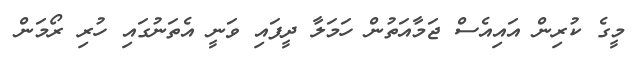
މީގެ ކުރިން އައިއެސް ޖަމާއަތުން ހަމަލާ ދީފައި ވަނީ އެތަނުގައި ހުރި ރޯމަން